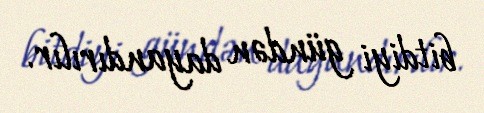
bitdiyi gündən dayandırılır.